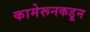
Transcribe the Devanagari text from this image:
कामेरूनकडून